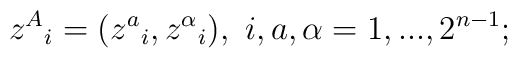
z^A{}_i =(z^a{}_i ,z^{\alpha}{}_i ),\       i,a,\alpha=1,...,2^{n-1};